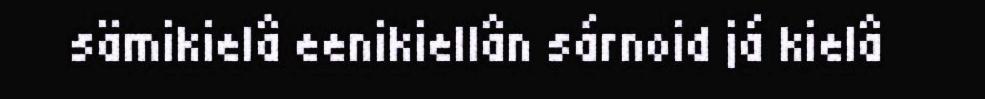
sämikielâ eenikiellân sárnoid já kielâ